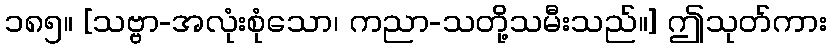
၁၈၅။ [သဗ္ဗာ-အလုံးစုံသော၊ ကညာ-သတို့သမီးသည်။] ဤသုတ်ကား